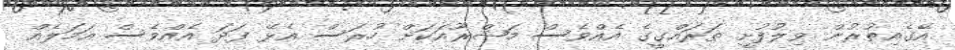
އޭގެއިތުރުން ވިލުފުށީ ތަރައްގީގެ އެއްވެސް މަޝްރޫއަކަށް ހުރަސް އެޅޭ ފަދަ އެއްވެސް އަމަލެއް